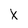
Character: x